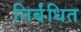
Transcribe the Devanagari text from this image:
निर्बंधित